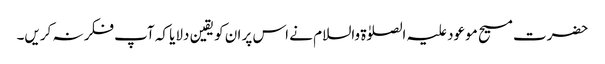
حضرت مسیح موعود علیہ الصلوٰۃ والسلام نے اس پر ان کو یقین دلایا کہ آپ فکر نہ کریں۔